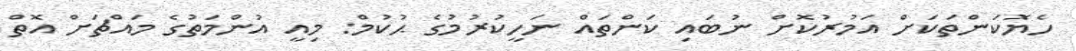
ހެޔޮކަންތަކަށް އަމުރުކޮށް ނުބައި ކަންތައް ނަހީކުރުމުގެ ޙުކުމް: މިއީ އުންމަތުގެ މައްޗަށް އޮތް